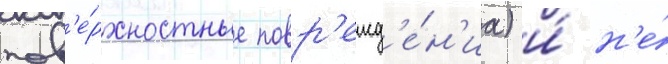
пов'е́рхностные повр'ежд'е́н'иа) и́ н'е́